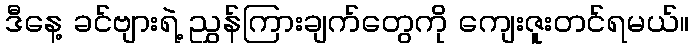
ဒီနေ့ ခင်ဗျားရဲ့ ညွှန်ကြားချက်တွေကို ကျေးဇူးတင်ရမယ်။